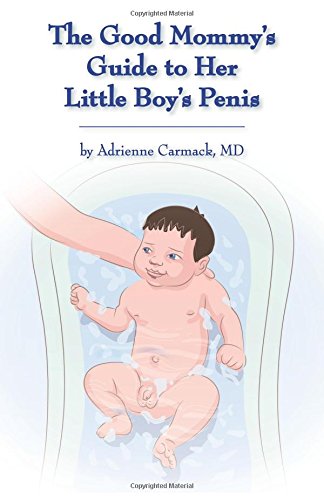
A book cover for The Good Mommy's Guide to Her Little Boy's Penis; Adrienne Carmack; Parenting & Relationships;